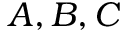
A , B , C